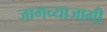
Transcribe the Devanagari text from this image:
जागच्याजागी